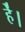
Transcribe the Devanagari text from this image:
हे॑।